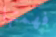
فهمتها